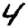
Digit: 4